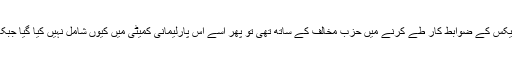
ایم کیو ایم کے رکن قومی اسمبلی آصف حسنین کا کہنا تھا کہ جب ایم کیو ایم پاناما لیکس کے ضوابط کار طے کرنے میں حزب مخالف کے ساتھ تھی تو پھر اسے اس پارلیمانی کمیٹی میں کیوں شامل نہیں کیا گیا جبکہ وہ عددی اعتبار سے قومی اسمبلی میں حزب مخالف کی تیسری بڑی جماعت ہے۔